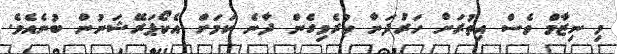
މި ނިޒާމް ވެސް އިތުރަށް ހަރުދަނާ ކުރެވިގެން ދާނެ ކަމަށް އެކޯޕަރޭޝަނުން ބުނެއެވެ.